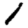
Digit: 1